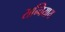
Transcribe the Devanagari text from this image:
सन्चियाय